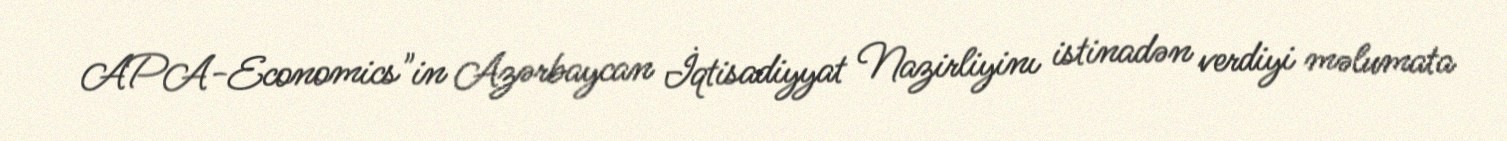
APA-Economics"in Azərbaycan İqtisadiyyat Nazirliyinı istinadən verdiyi məlumata